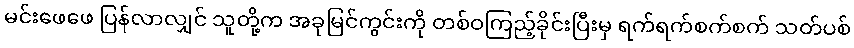
မင်းဖေဖေ ပြန်လာလျှင် သူတို့က အခုမြင်ကွင်းကို တစ်ဝကြည့်ခိုင်းပြီးမှ ရက်ရက်စက်စက် သတ်ပစ်